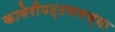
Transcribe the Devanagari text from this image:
कावेरीपट्टणमच्या